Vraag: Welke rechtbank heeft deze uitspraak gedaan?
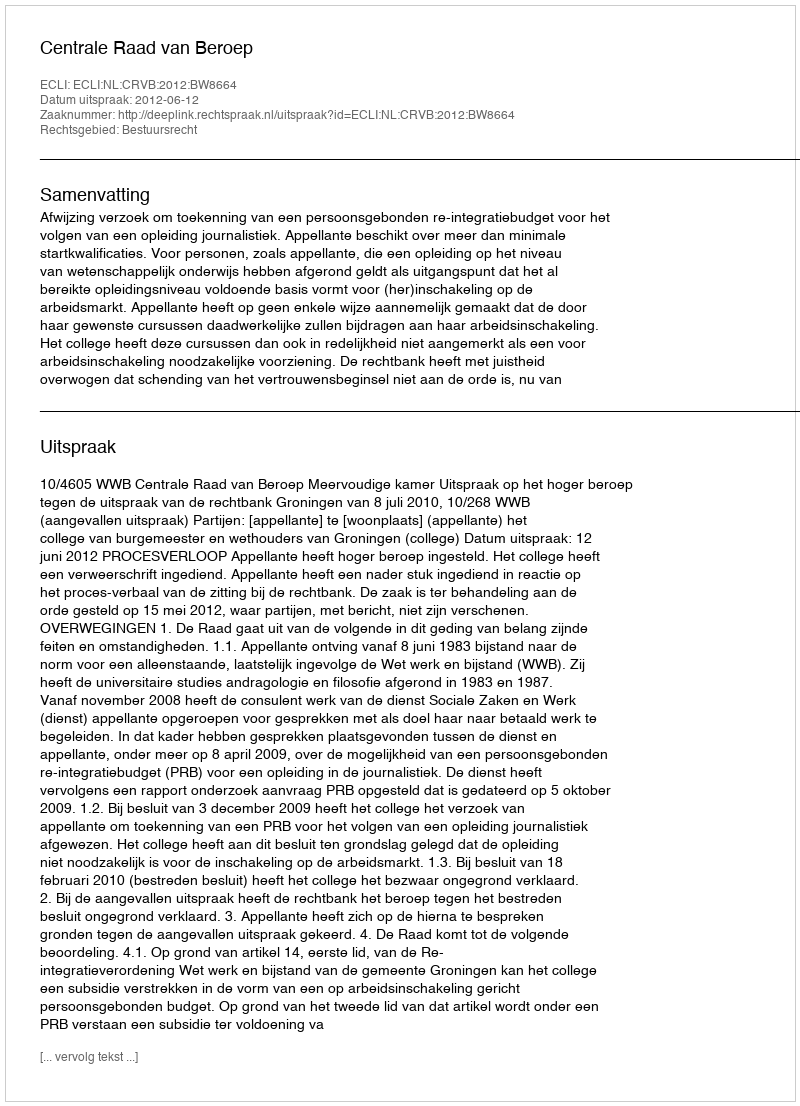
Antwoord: Centrale Raad van Beroep